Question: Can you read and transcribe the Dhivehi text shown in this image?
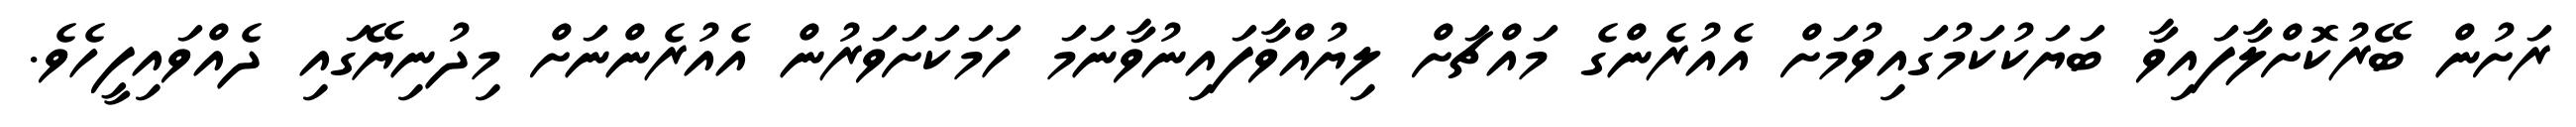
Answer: ރަށުން ބޭރުކޮށްލާފައިވާ ބަޔަކުކަމުގައިވުމަށް އެއުރެންގެ މައްޗަށް ލިޔުއްވާފައިނުވާނަމަ ހަމަކަށަވަރުން އެއުރެންނަށް މިދުނިޔޭގައި ދެއްވައިފީހެވެ.